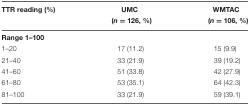
| TTR reading (%) | UMC | WMTAC |
 |  | (n = 126, %) | (n = 106, %) |
 | --- | --- | --- |
 | <COLSPAN=3> Range 1–100 |
 | 1–20 | 17 (11.2) | 15 (9.9) |
 | 21–40 | 33 (21.9) | 39 (19.2) |
 | 41–60 | 51 (33.8) | 42 (27.9) |
 | 61–80 | 53 (35.1) | 64 (42.3) |
 | 81–100 | 33 (21.9) | 59 (39.1) |